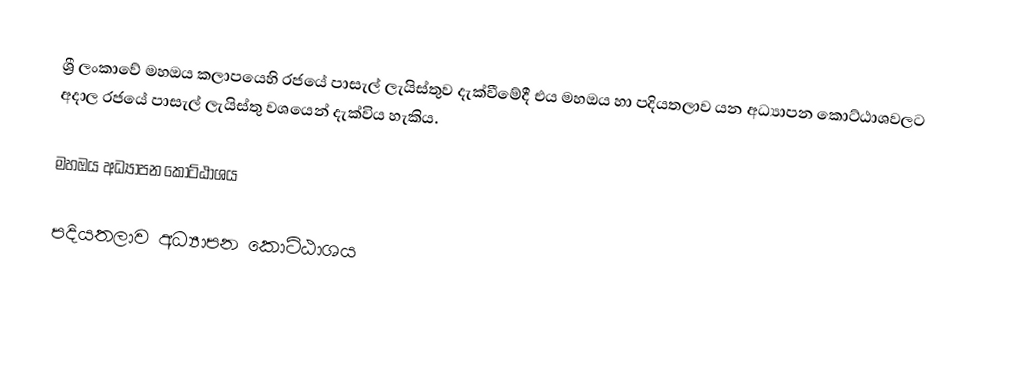
ශ්‍රී ලංකාවේ මහඔය කලාපයෙහි රජයේ පාසැල් ලැයිස්තුව  දැක්වීමේදී  එය මහඔය හා පදියතලාව යන අධ්‍යාපන කොට්ඨාශවලට අදාල රජයේ පාසැල් ලැයිස්තු වශයෙන් දැක්විය හැකිය.

මහඔය අධ්‍යාපන කොට්ඨාශය

පදියතලාව අධ්‍යාපන කොට්ඨාශය